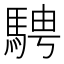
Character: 騁